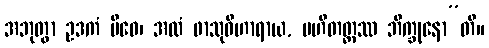
အဘုတွာ ဥဒကံ ပိဝေ၊ အလံ ဖာသုဝိဟာရာယ, ပဟိတတ္တဿ ဘိက္ခုနော”တိ။